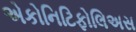
એકોનિટિફોલિઅસ